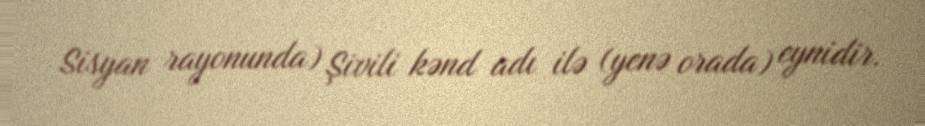
Sisyan rayonunda) Şivili kənd adı ilə (yenə orada) eynidir.